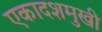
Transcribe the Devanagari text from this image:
एकादशमुखी